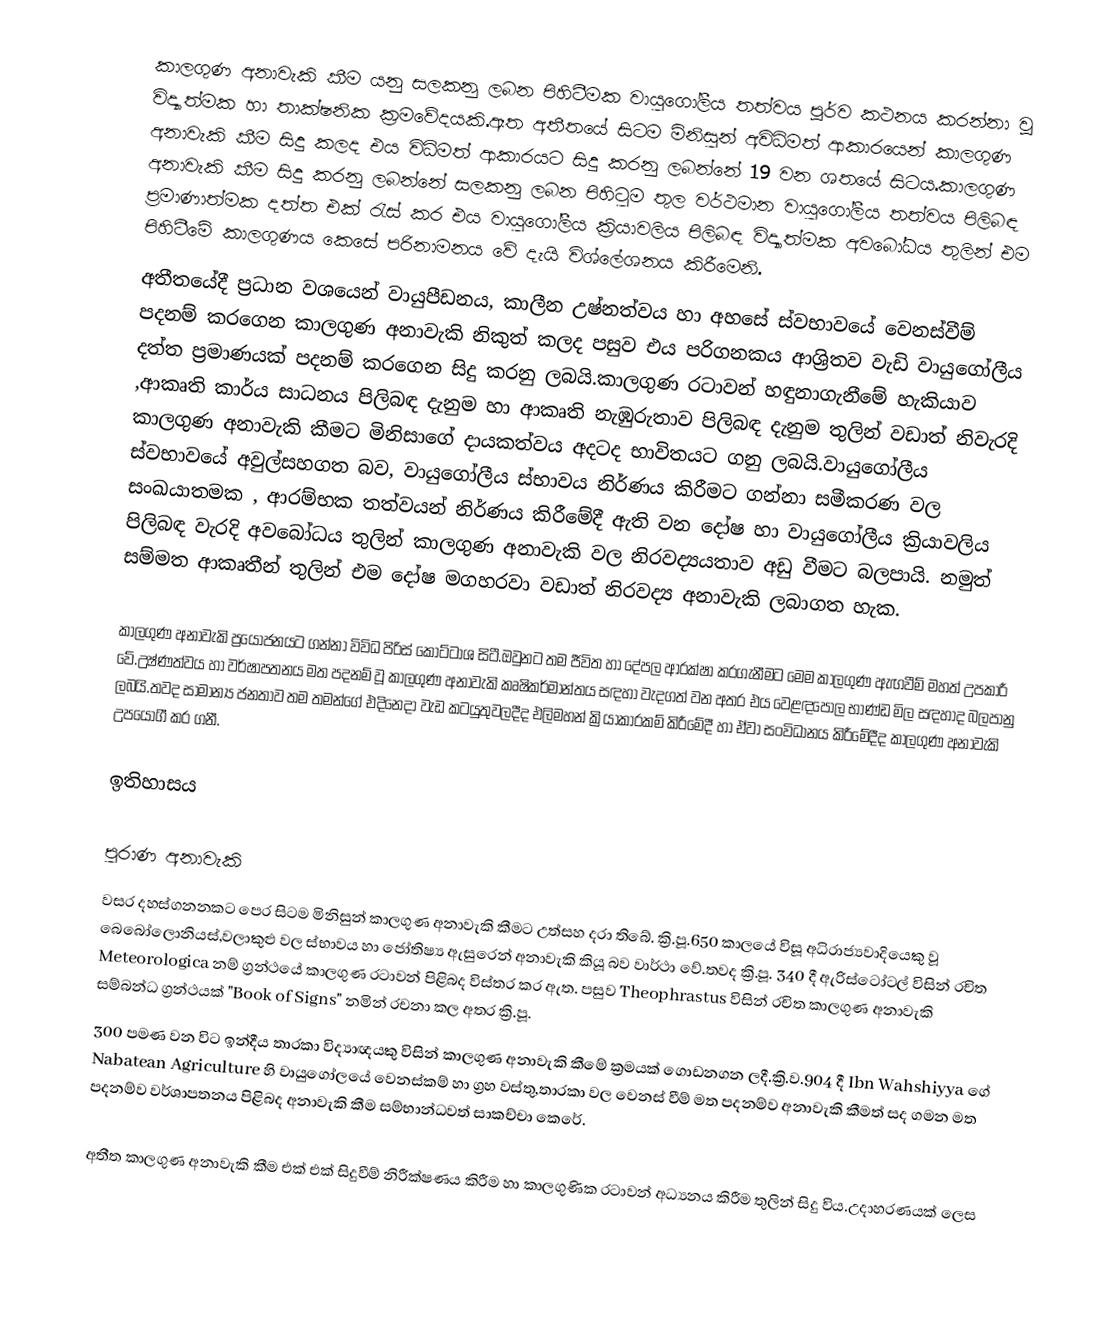
කාලගුණ අනාවැකි කීම යනු සලකනු ලබන පිහිටීමක වායුගෝලීය තත්වය පූර්ව කථනය කරන්නා වූ විද්‍යාත්මක  හා තාක්ෂනික ක්‍රමවේදයකි.ඈත අතීතයේ සිටම මිනිසුන් අවිධිමත් ආකාරයෙන් කාලගුණ අනාවැකි කීම සිදු කලද එය විධිමත් ආකාරයට සිදු කරනු ලබන්නේ 19 වන ශතයේ සිටය.කාලගුණ අනාවැකි කීම සිදු කරනු ලබන්නේ සලකනු ලබන පිහිටුම තුල වර්ථමාන වායුගෝලීය තත්වය පිලිබඳ ප්‍රමාණාත්මක දත්ත එක් රැස් කර එය වායුගෝලීය ක්‍රියාවලිය පිලිබඳ විද්‍යාත්මක අවබෝධය තුලින් එම පිහිටීමේ කාලගුණය කෙසේ පරිනාමනය වේ දැයි විශ්ලේශනය කිරීමෙනි.
අතීතයේදී ප්‍රධාන වශයෙන් වායුපීඩනය, කාලීන උෂ්නත්වය හා අහසේ ස්වභාවයේ වෙනස්වීම් පදනම් කරගෙන කාලගුණ අනාවැකි නිකුත් කලද පසුව එය පරිගනකය ආශ්‍රිතව වැඩි වායුගෝලීය දත්ත ප්‍රමාණයක් පදනම් කරගෙන සිදු කරනු ලබයි.කාලගුණ රටාවන් හඳුනාගැනීමේ හැකියාව ,ආකෘති කාර්ය සාධනය පිලිබඳ දැනුම හා ආකෘති නැඹුරුතාව පිලිබඳ දැනුම තුලින් වඩාත් නිවැරදි කාලගුණ අනාවැකි කීමට මිනිසාගේ දායකත්වය අදටද භාවිතයට ගනු ලබයි.වායුගෝලීය ස්වභාවයේ අවුල්සහගත බව, වායුගෝලීය ස්භාවය නිර්ණය කිරීමට ගන්නා සමීකරණ වල සංඛයාතමක , ආරම්භක තත්වයන් නිර්ණය කිරීමේදී ඇති වන දෝෂ හා වායුගෝලීය ක්‍රියාවලිය පිලිබඳ වැරදි අවබෝධය තුලින් කාලගුණ අනාවැකි වල නිරවද්‍යයතාව අඩු වීමට බලපායි. නමුත් සම්මත ආකෘතීන් තුලින් එම දෝෂ මගහරවා වඩාත් නිරවද්‍ය අනාවැකි ලබාගත හැක.

කාලගුණ අනාවැකි ප්‍රයෝජනයට ගන්නා විවිධ පිරිස් කොට්ටාශ සිටී.ඔවුනට තම ජීවිත හා දේපල ආරක්ෂා  කරගැනීමට මෙම කාලගුණ ඇඟවීම් මහත් උපකාරී වේ.උෂ්ණත්වය හා වර්ෂාපතනය මත පදනම් වූ කාලගුණ අනාවැකි කෘෂිකර්මාන්තය සඳහා වැදගත් වන අතර එය වෙළඳපොල භාණ්ඩ මිල සඳහාද බලපානු ලබයි.තවද සාමාන්‍ය ජනතාව තම තමන්ගේ එදිනෙදා වැඩ කටයුතුවලදීද එලිමහන් ක්‍රියාකාරකම් කිරීමේදී හා ඒවා සංවිධානය කිරීමේදීද කාලගුණ අනාවැකි උපයෝගී කර ගනී.

ඉතිහාසය

පුරාණ අනාවැකි
වසර දහස්ගනනකට පෙර සිටම මිනිසුන් කාලගුණ අනාවැකි කීමට උත්සහ දරා තිබේ. ක්‍රි.පූ.650 කාලයේ විසූ අධිරාජ්‍යවාදියෙකු වූ බෙබෝලොනියස්,වලාකුළු වල ස්භාවය හා ජෝතිෂ්‍ය ඇසුරෙන් අනාවැකි කියූ බව වාර්ථා වේ.තවද ක්‍රි.පූ. 340 දී ඇරිස්ටෝටල් විසින් රචිත Meteorologica නම් ග්‍රන්ථයේ කාලගුණ රටාවන් පිළිබද විස්තර කර ඇත. පසුව Theophrastus විසින් රචිත කාලගුණ අනාවැකි සම්බන්ධ ග්‍රන්ථයක් "Book of Signs"  නමින් රචනා කල අතර ක්‍රි.පූ.
300 පමණ වන විට ඉන්දීය තාරකා විද්‍යාඥයකු විසින් කාලගුණ අනාවැකි කීමේ ක්‍රමයක් ගොඩනගන ලදී.ක්‍රි.ව.904 දී  Ibn Wahshiyya ගේ Nabatean Agriculture හි වායුගෝලයේ වෙනස්කම් හා ග්‍රහ වස්තු,තාරකා වල වෙනස් වීම් මත පදනම්ව අනාවැකි කීමත් සද ගමන මත පදනම්ව වර්ශාපතනය පිළිබද අනාවැකි කීම සම්භාන්ධවත් සාකච්චා කෙරේ.

අතීත කාලගුණ අනාවැකි කීම එක් එක් සිදුවීම් නිරීක්ෂණය කිරීම හා කාලගුණික රටාවන් අධ්‍යනය කිරීම තුලින් සිදු විය.උදාහරණයක් ලෙස